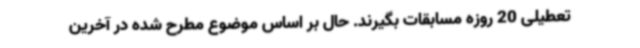
تعطیلی 20 روزه مسابقات بگیرند. حال بر اساس موضوع مطرح شده در آخرین